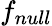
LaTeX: f_{null}